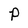
Character: P